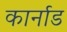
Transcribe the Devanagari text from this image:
कार्नाड